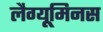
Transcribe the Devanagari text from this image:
लैग्यूमिनस